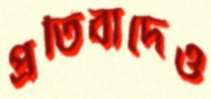
প্রতিবাদেও